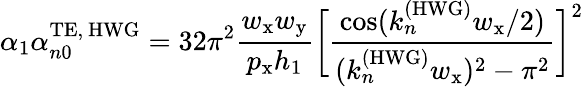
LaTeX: \alpha_{1}\alpha_{n0}^{\mathrm{TE,~HWG}}=32\pi^{2}\frac{w_{\mathrm{x}}w_{\mathrm{y}}}{p_{\mathrm{x}}h_{1}}\bigg[\frac{\cos(k_{n}^{\mathrm{(HWG)}}w_{\mathrm{x}}/2)}{(k_{n}^{\mathrm{(HWG)}}w_{\mathrm{x}})^{2}-\pi^{2}}\bigg]^{2}